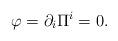
LaTeX: \begin{align*}\varphi = \partial _i \Pi ^i = 0. \end{align*}